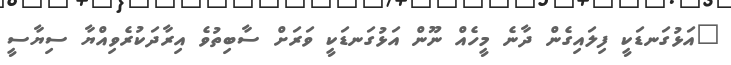
"އަޅުގަނޑަކީ ފިލައިގެން ދާނެ މީހެއް ނޫން އަޅުގަނޑަކީ ވަރަށް ސާބިތުވެ އިރާދަކުރެވިއްޔާ ސިޔާސީ